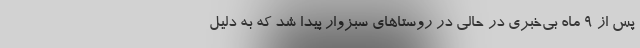
پس از ۹ ماه بی‌خبری در حالی در روستاهای سبزوار پیدا شد که به دلیل